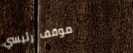
موقف رئيسي